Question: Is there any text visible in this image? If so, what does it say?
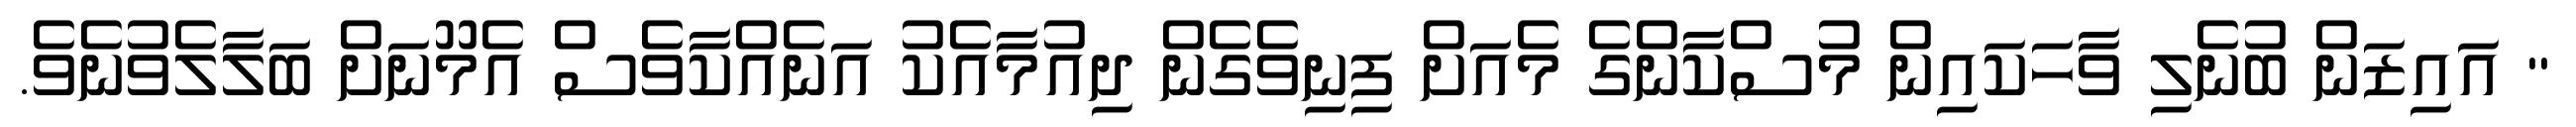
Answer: " އައިޒަން ބުނެލި ވާހަކައިން މުސްކާންގެ މެއަށް ފިނިވެގެން ދިއުމާއެކު އަނެއްކާވެސް އެމޫނަށް ބަލާލެވުނެވެ.